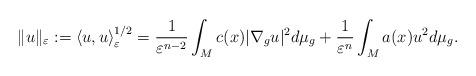
LaTeX: \begin{align*}\Vert u\Vert_{\varepsilon}:=\left\langle u,u\right\rangle _{\varepsilon}^{1/2}=\frac{1}{\varepsilon^{n-2}}\int_{M}c(x)|\nabla_{g}u|^{2}d\mu_{g}+\frac{1}{\varepsilon^{n}}\int_{M}a(x)u^{2}d\mu_{g}.\end{align*}